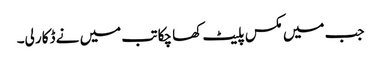
جب میں مکس پلیٹ کھا چکا تب میں نے ڈکار لی۔